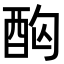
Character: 𮠤